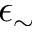
\epsilon _ { \sim }